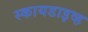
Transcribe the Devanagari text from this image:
स्कायडाइव्ह